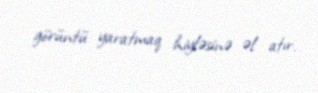
görüntü yaratmaq hiyləsinə əl atır.